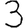
Digit: 3